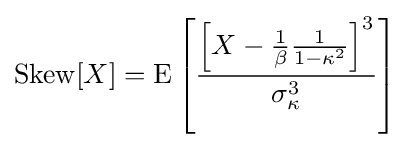
\operatorname {Skew} [X]=\operatorname {E} \left[{\frac {\left[X-{\frac {1}{\beta }}{\frac {1}{1-\kappa ^{2}}}\right]^{3}}{\sigma _{\kappa }^{3}}}\right]